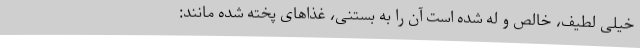
خیلی لطیف، خالص و له شده است آن را به بستنی، غذاهای پخته شده مانند: